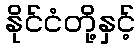
နိုင်ငံတို့နှင့်